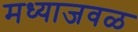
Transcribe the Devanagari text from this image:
मध्याजवळ